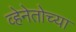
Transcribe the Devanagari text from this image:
व्हेनेतोच्या